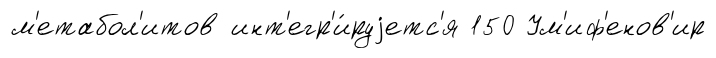
м'етабол'итов инт'егр'и́руjетс'я 150 Ум'иф'енов'ир